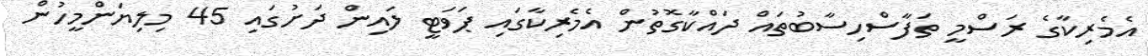
އެމެރިކާގެ ރަސްމީ ތަފާސްހިސާބުތައް ދައްކާގޮތުން އެމެރިކާގައި ޕަވަޓީ ލައިން ދަށުގައި 45 މިލިޔަންމީހުން